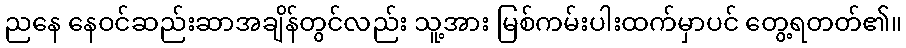
ညနေ နေဝင်ဆည်းဆာအချိန်တွင်လည်း သူ့အား မြစ်ကမ်းပါးထက်မှာပင် တွေ့ရတတ်၏။